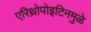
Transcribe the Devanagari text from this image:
एरिथ्रोपोइटिनमुळे